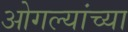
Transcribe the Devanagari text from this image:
ओगल्यांच्या